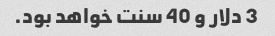
3 دلار و 40 سنت خواهد بود.